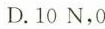
D.10N，0